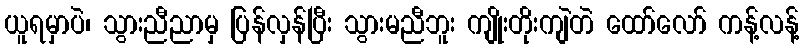
ယူရမှာပဲ၊ သွားညီညာမှ ပြန်လှန်ပြီး သွားမညီဘူး ကျိုးတိုးကျဲတဲ ထော်လော် ကန့်လန့်